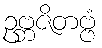
ဥဗ္ဘဇိတဗ္ဗံ